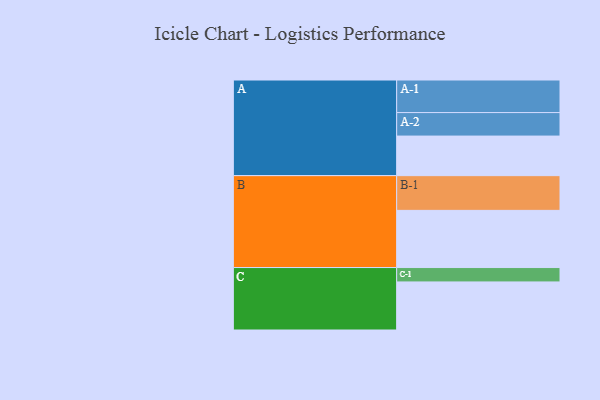
{"axis": {"x": "Segment", "y": "Value"}, "legend": ["", "A", "B", "C"], "data": [{"x": "A", "y": 317, "type": ""}, {"x": "B", "y": 458, "type": ""}, {"x": "C", "y": 385, "type": ""}, {"x": "A-1", "y": 261, "type": "A"}, {"x": "A-2", "y": 188, "type": "A"}, {"x": "B-1", "y": 278, "type": "B"}, {"x": "C-1", "y": 115, "type": "C"}]}